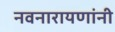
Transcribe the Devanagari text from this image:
नवनारायणांनी